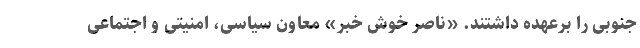
جنوبی را برعهده داشتند. «ناصر خوش خبر» معاون سیاسی، امنیتی و اجتماعی